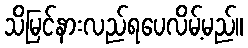
သိမြင်နားလည်ရပေလိမ့်မည်။